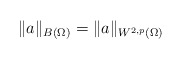
\begin{align*}\|a\|_{B(\Omega)} = \|a\|_{W^{2,p}(\Omega)}\end{align*}